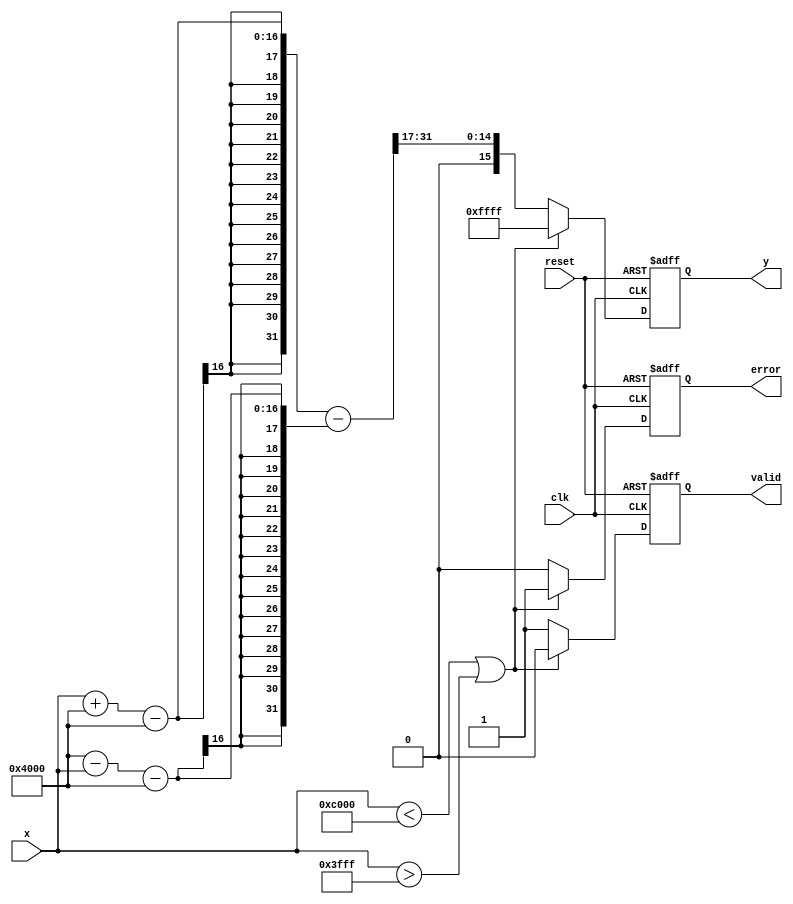
module atanh (
    input wire clk,
    input wire reset,
    input wire [15:0] x, // Fixed-point input in the range (-1, 1)
    output reg [15:0] y, // Fixed-point output for atanh(x)
    output reg valid,     // Signal to indicate valid output
    output reg error      // Signal to indicate an error (invalid input)
);

    // Internal parameters
    parameter FIXED_POINT_FRACTIONAL_BITS = 14; // Number of fractional bits
    parameter MAX_INPUT = 16'h3FFF; // 0.9999 in fixed-point (1 - 2^(-14))
    parameter MIN_INPUT = 16'hC000; // -0.9999 in fixed-point (-1 + 2^(-14))

    // Internal signals
    reg [15:0] ln_num; // numerator for logarithm
    reg [15:0] ln_den; // denominator for logarithm
    reg [31:0] log_result; // Logarithm result (32 bits for precision)
    reg [15:0] atanh_result; // Result of atanh calculation

    // Logarithm approximation (placeholder)
    // This should ideally be replaced with a more accurate method (e.g., lookup table)
    function [31:0] log_approx(input [15:0] value);
        begin
            // Simple approximation: ln(x)  x - 1 (valid for small x)
            log_approx = (value - 16'h4000); // 16'h4000 is 1 in fixed-point
        end
    endfunction

    // Main computation
    always @(posedge clk or posedge reset) begin
        if (reset) begin
            y <= 16'h0000;
            valid <= 0;
            error <= 0;
        end else begin
            if (x < MIN_INPUT || x > MAX_INPUT) begin
                // Input out of range
                error <= 1;
                valid <= 0;
                y <= 16'hFFFF; // NaN or predefined error value
            end else begin
                error <= 0; // Clear error
                valid <= 1; // Valid output
                
                // Compute ln((1+x)/(1-x))
                ln_num = x + 16'h4000; // 1 + x
                ln_den = 16'h4000 - x; // 1 - x
                
                // Approximate logarithm
                log_result = log_approx(ln_num) - log_approx(ln_den);
                
                // Final atanh result calculation
                atanh_result = log_result[31:16]; // Scale down for final output
                
                // Divide by 2
                y <= atanh_result >>> 1; // Right shift to divide by 2
            end
        end
    end

endmodule